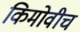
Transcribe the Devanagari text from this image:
किमोवीच